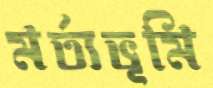
মর্ত্যভূমি